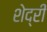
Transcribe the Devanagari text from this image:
शेद्री